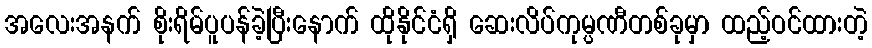
အလေးအနက် စိုးရိမ်ပူပန်ခဲ့ပြီးနောက် ထိုနိုင်ငံရှိ ဆေးလိပ်ကုမ္ပဏီတစ်ခုမှာ ထည့်ဝင်ထားတဲ့